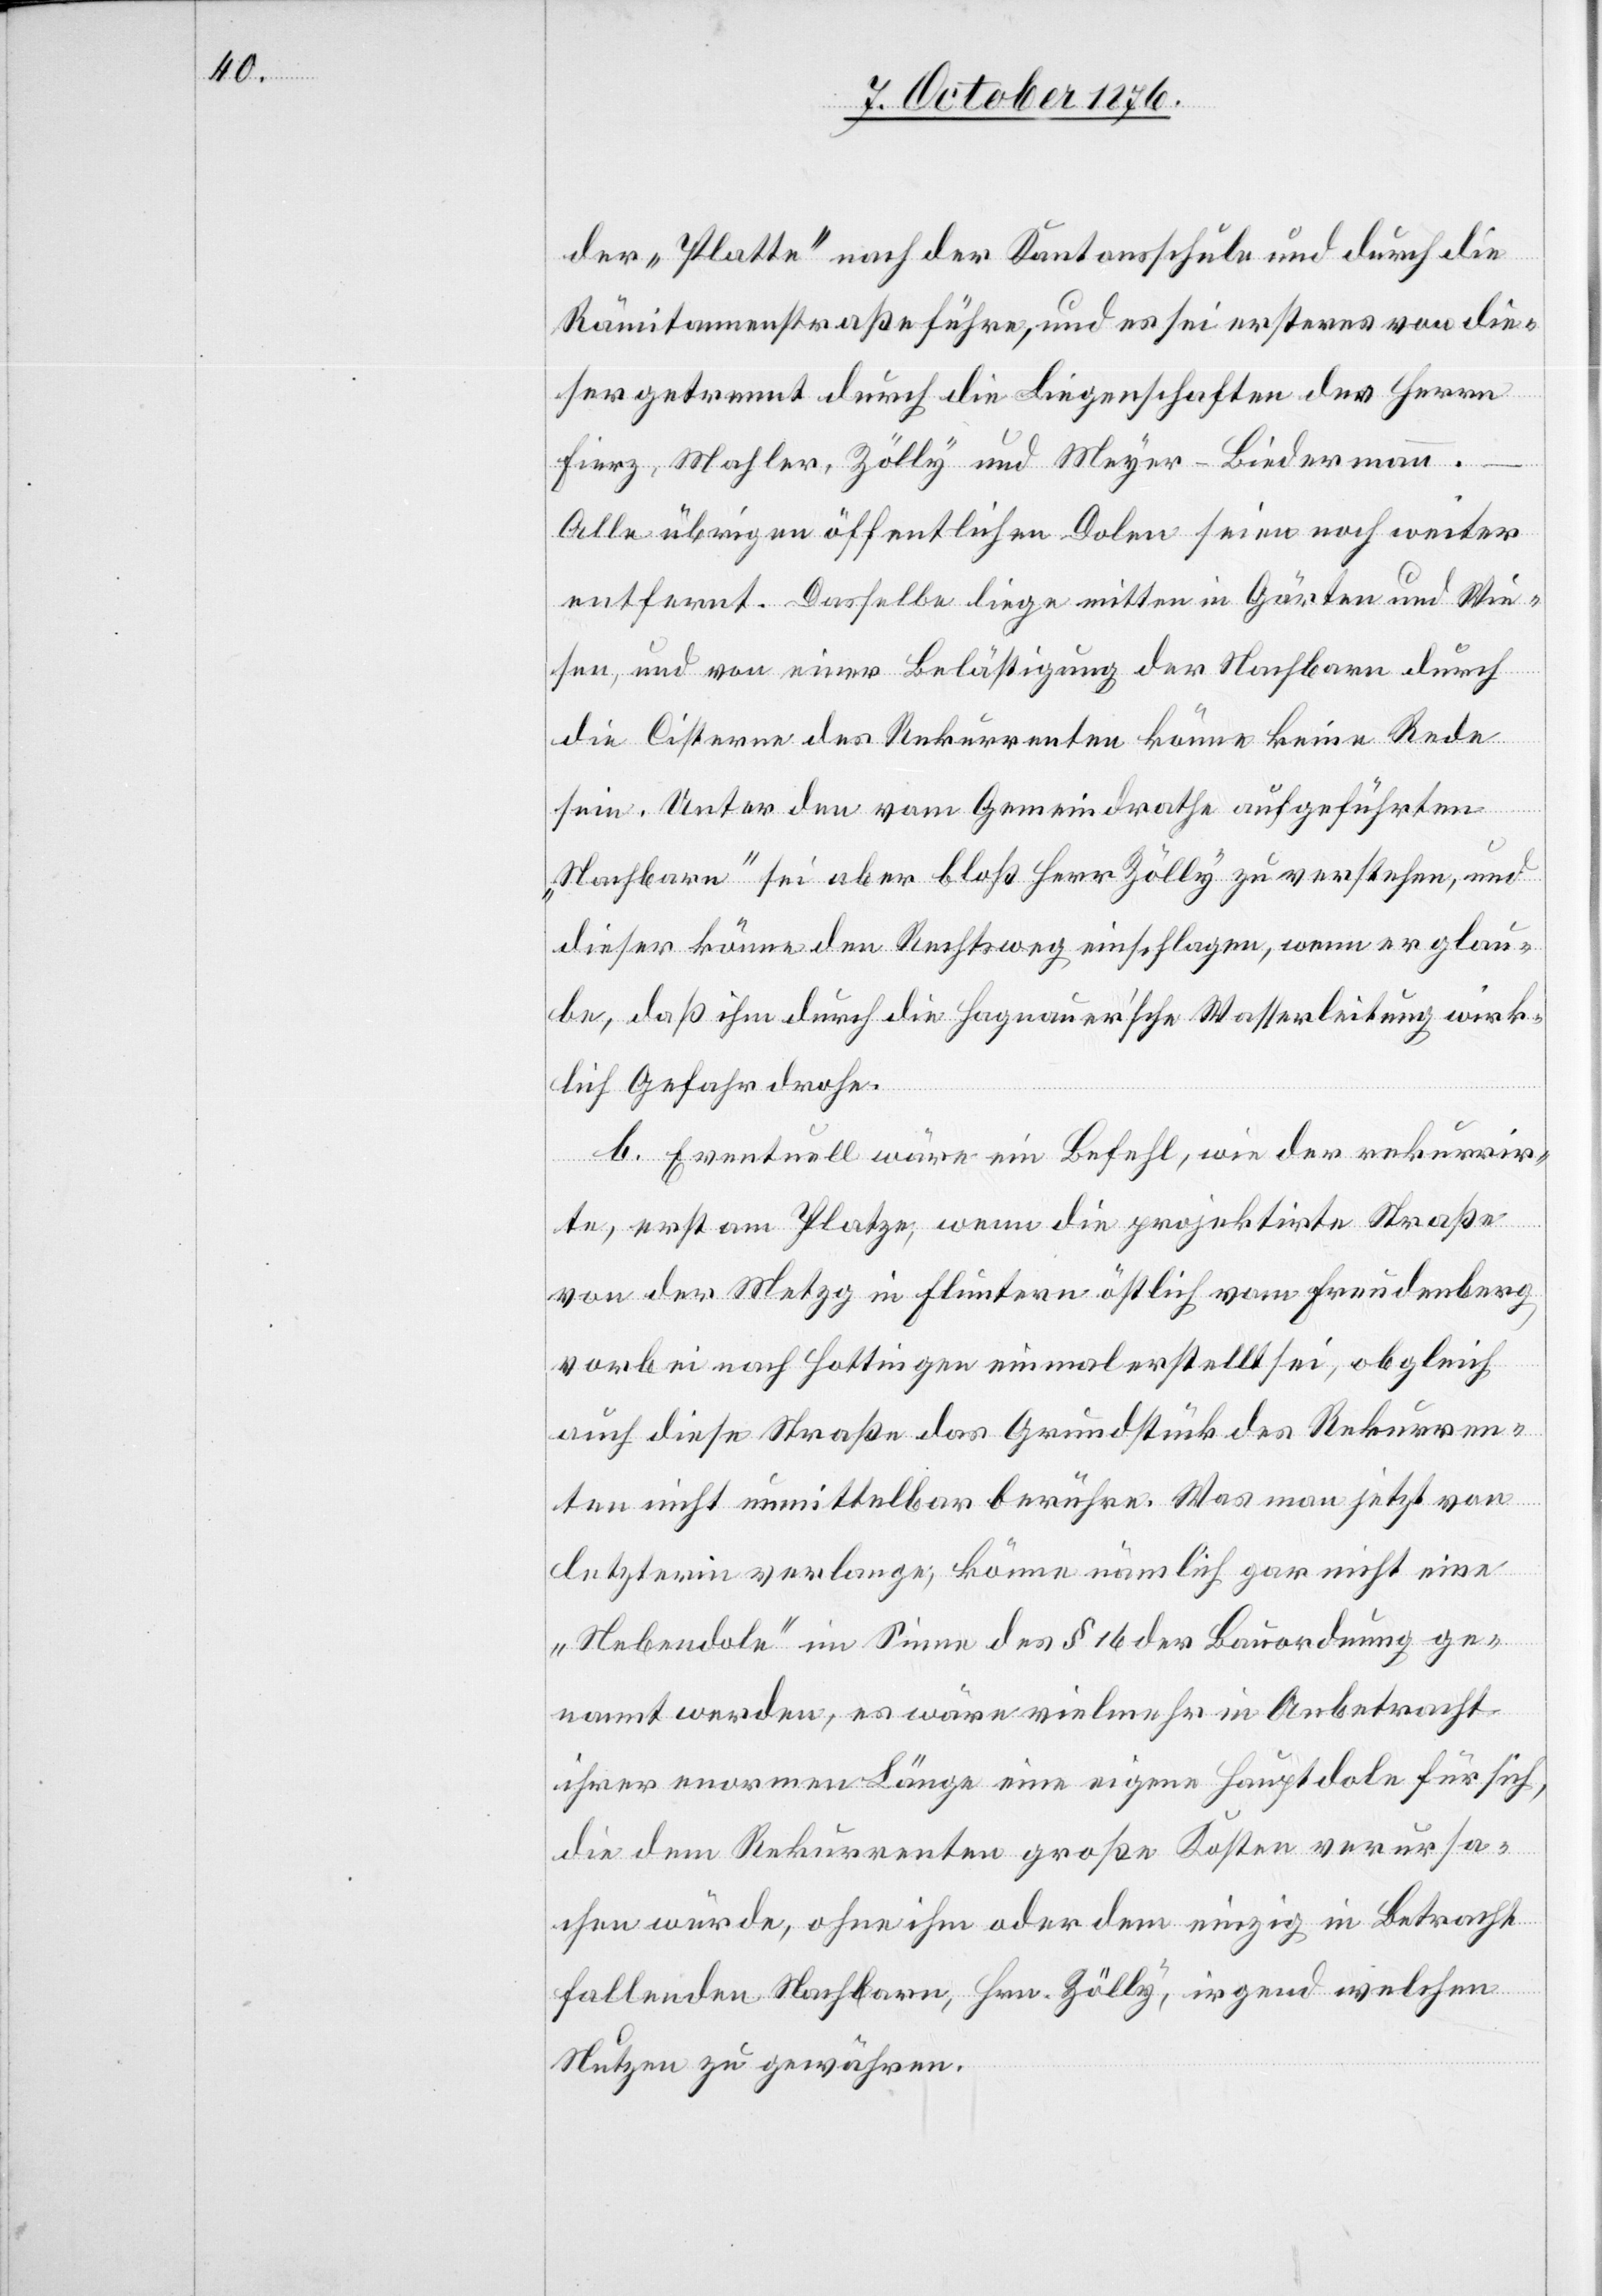
der „Platte“ nach der Kantonsschule und durch die
Rämitannenstraße führe, und es sei ersteres von die¬
ser getrennt durch die Liegenschaften des Herrn
Fierz, Mahler, Zölly und Meyer-Biedermann.
Alle übrigen öffentlichen Dolen seien noch weiter
entfernt. Dasselbe liege mitten in Gärten und Wie¬
sen, und von einer Belästigung der Nachbarn durch
die Cisterne des Rekurrenten könne keine Rede
sein. Unter den vom Gemeindrathe aufgeführten
„Nachbarn“ sei aber bloß Herr Zölly zu verstehen, und
dieser könne den Rechtsweg einschlagen, wenn er glau¬
be, daß ihm durch die Hagnauer’sche Wasserleitung wirk¬
lich Gefahr drohe.
b. Eventuell wäre ein Befehl, wie der rekurrir¬
te, erst am Platze, wenn die projektirte Straße
von der Metzg in Fluntern östlich vom Freudenberg
vorbei nach Hottingen einmal erstellt sei, obgleich
auch diese Straße das Grundstück des Rekurren¬
ten nicht unmittelbar berühre. Was man jetzt von
letzterm verlange, könne nämlich gar nicht eine
„Nebendole“ im Sinne des § 16 der Bauordnung ge¬
nannt werden, es wäre vielmehr in Anbetracht
ihrer enormen Länge eine eigene Hauptdole für sich,
die dem Rekurrenten große Kosten verursa¬
chen würde, ohne ihm oder dem einzig in Betracht
fallenden Nachbarn, Hrn. Zölly, irgend welchen
Nutzen zu gewähren.